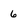
Character: 6